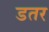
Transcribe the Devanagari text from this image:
डतर